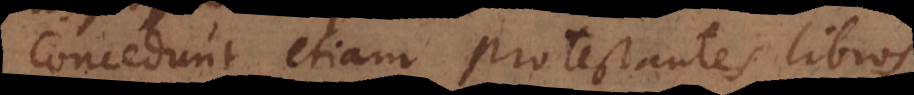
Concedunt etiam protestantes libros